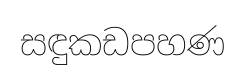
සඳුකඩපහණ